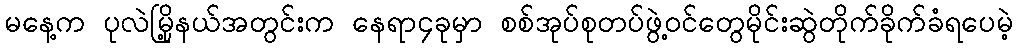
မနေ့က ပုလဲမြို့နယ်အတွင်းက နေရာ၄ခုမှာ စစ်အုပ်စုတပ်ဖွဲ့ဝင်တွေမိုင်းဆွဲတိုက်ခိုက်ခံရပေမဲ့